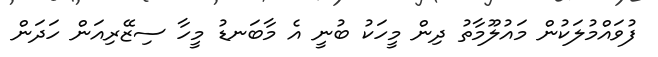
ފުވައްމުލަކުން މައުލޫމާތު ދިން މީހަކު ބުނީ އެ މާބަނޑު މީހާ ސިޒޭރިއަން ހަދަން